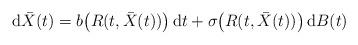
LaTeX: \begin{align*}\mathrm{d}\bar{X}(t)=b\big(R(t,\bar{X}(t))\big)\,\mathrm{d}t+\sigma\big(R(t,\bar{X}(t))\big)\,\mathrm{d}B(t)\end{align*}